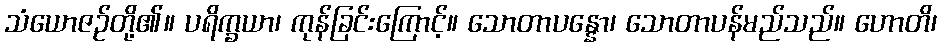
သံယောဇဉ်တို့၏။ ပရိက္ခယာ၊ ကုန်ခြင်းကြောင့်။ သောတာပန္နော၊ သောတာပန်မည်သည်။ ဟောတိ၊